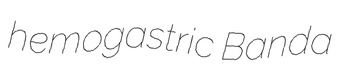
hemogastric Banda